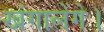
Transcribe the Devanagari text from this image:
खंगालेंगे।